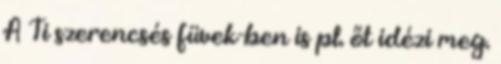
A Ti szerencsés füvek-ben is pl. őt idézi meg.